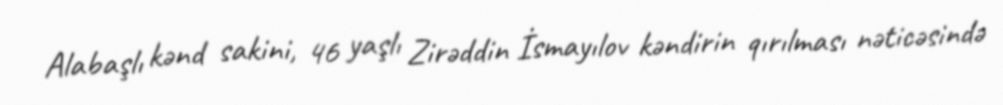
Alabaşlı kənd sakini, 46 yaşlı Zirəddin İsmayılov kəndirin qırılması nəticəsində